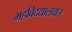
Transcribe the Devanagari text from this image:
महविद्द्यालयत